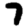
Digit: 7